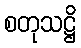
စတုသဋ္ဌိ